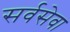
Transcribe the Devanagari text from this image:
सर्वसेवा